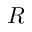
R